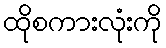
ထိုစကားလုံးကို